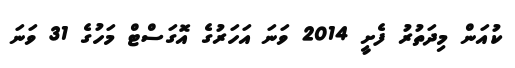
ކުއަން މިދަތުރު ފެށީ 2014 ވަނަ އަހަރުގެ އޮގަސްޓް މަހުގެ 31 ވަނަ